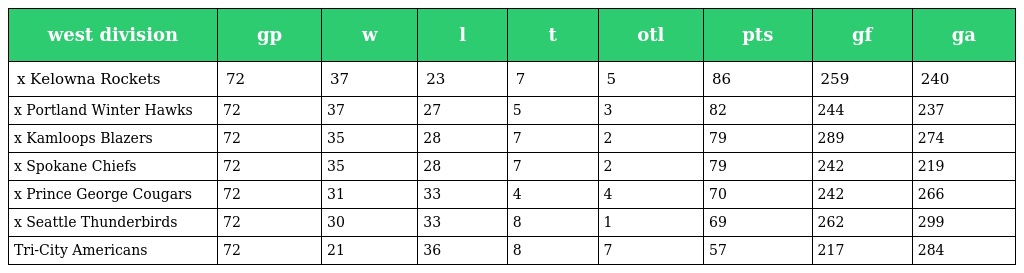
| west division | gp | w | l | t | otl | pts | gf | ga |
 | --- | --- | --- | --- | --- | --- | --- | --- | --- |
 | x Kelowna Rockets | 72 | 37 | 23 | 7 | 5 | 86 | 259 | 240 |
 | x Portland Winter Hawks | 72 | 37 | 27 | 5 | 3 | 82 | 244 | 237 |
 | x Kamloops Blazers | 72 | 35 | 28 | 7 | 2 | 79 | 289 | 274 |
 | x Spokane Chiefs | 72 | 35 | 28 | 7 | 2 | 79 | 242 | 219 |
 | x Prince George Cougars | 72 | 31 | 33 | 4 | 4 | 70 | 242 | 266 |
 | x Seattle Thunderbirds | 72 | 30 | 33 | 8 | 1 | 69 | 262 | 299 |
 | Tri-City Americans | 72 | 21 | 36 | 8 | 7 | 57 | 217 | 284 |